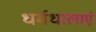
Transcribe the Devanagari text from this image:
धर्मधालाएं